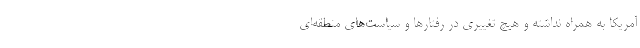
آمریکا به همراه نداشته و هیچ تغییری در رفتارها و سیاست‌های منطقه‌ای